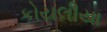
કોયલીયા